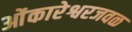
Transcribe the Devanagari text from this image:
ओंकारेश्वरजवळ